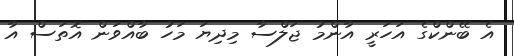
އެ ބޭންކްގެ އަހަރީ އާންމު ޖަލްސާ މިދިޔަ މަހު ބާއްވަން އޮތަސް އާ